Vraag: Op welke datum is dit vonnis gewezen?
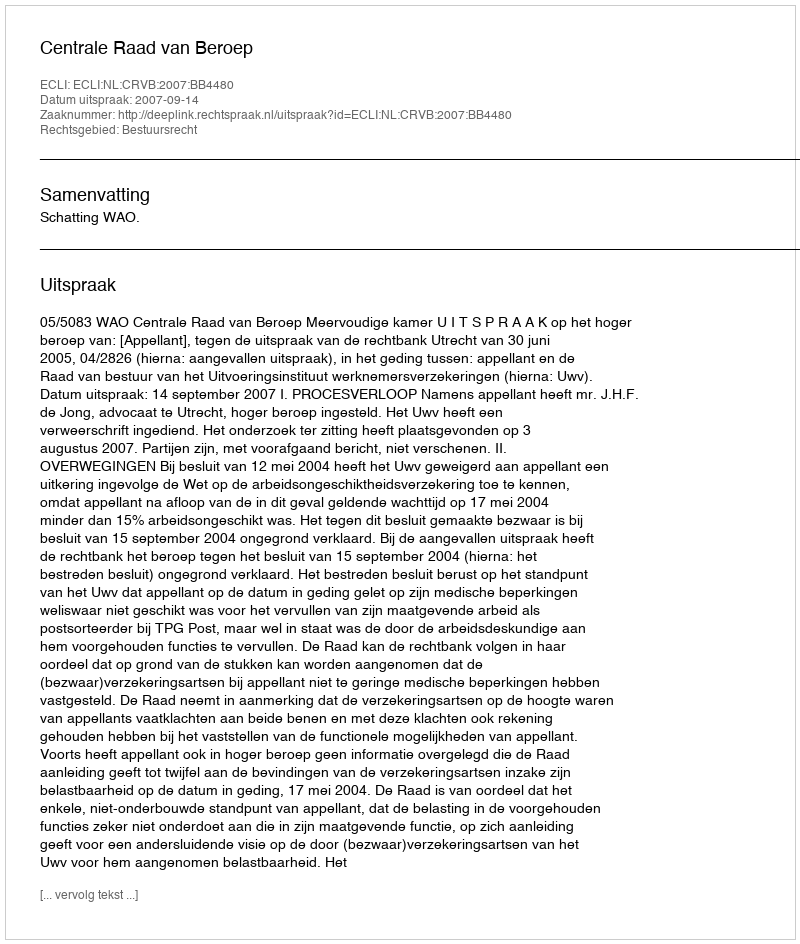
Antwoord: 2007-09-14